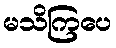
မသိကြပေ